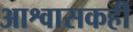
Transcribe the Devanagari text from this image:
आश्वासकही